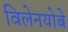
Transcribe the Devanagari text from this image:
विलेनयोबे